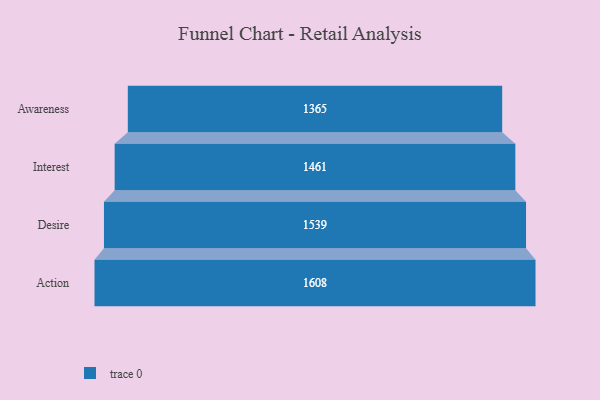
{"axis": {"x": "Stage", "y": "Value"}, "legend": [""], "data": [{"x": "Awareness", "y": 1365.0, "type": ""}, {"x": "Interest", "y": 1461.0, "type": ""}, {"x": "Desire", "y": 1539.0, "type": ""}, {"x": "Action", "y": 1608.0, "type": ""}]}